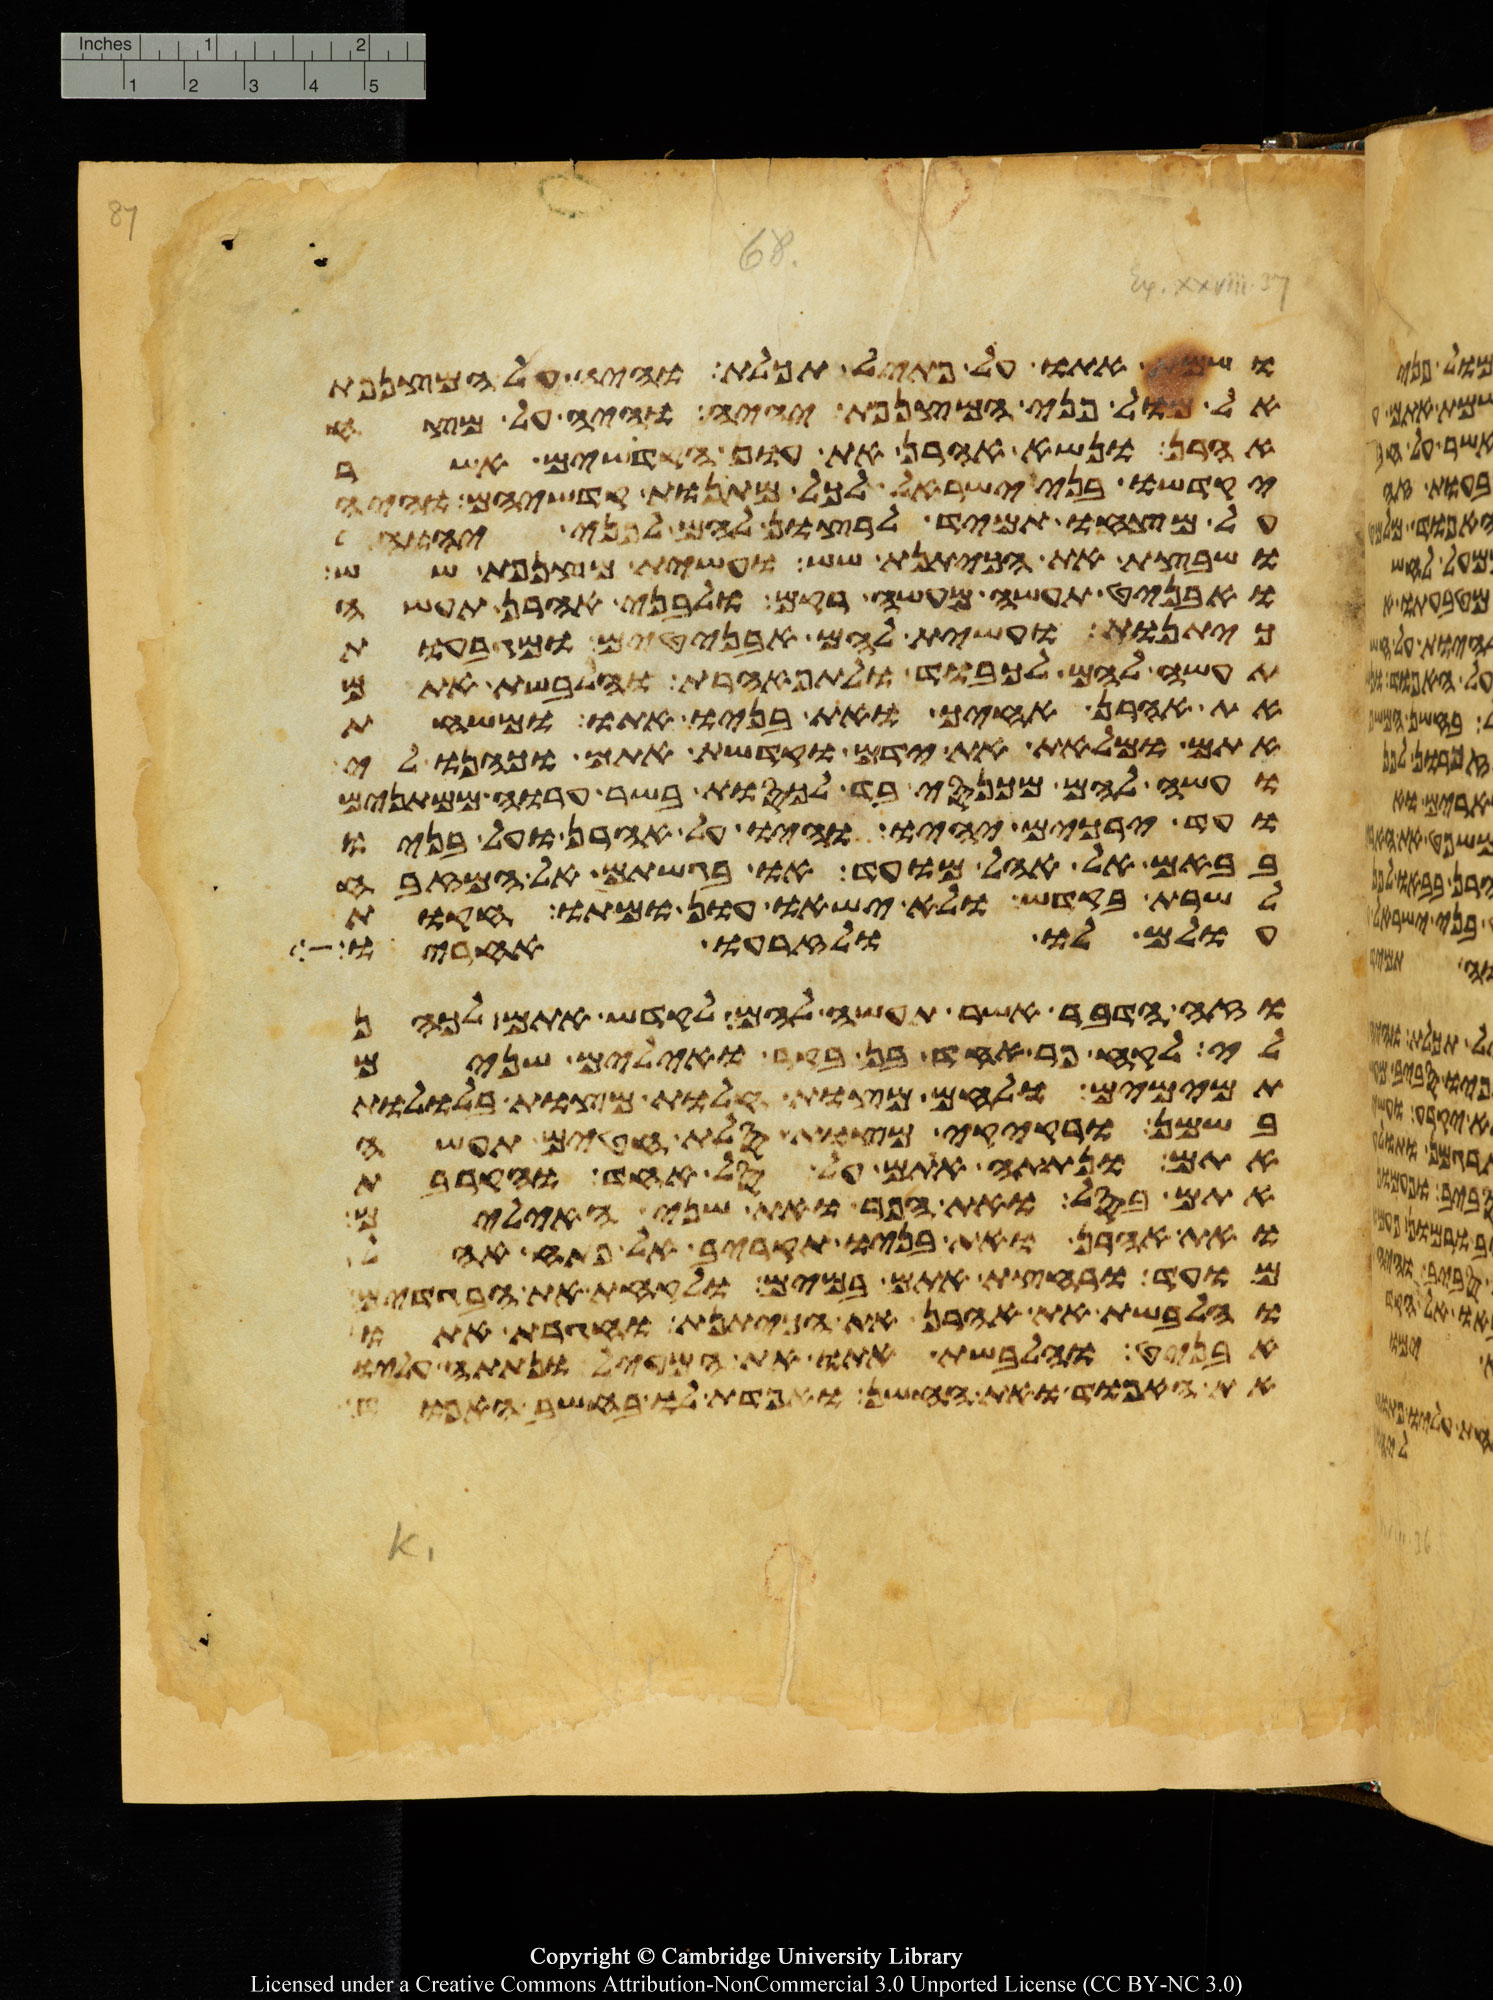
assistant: ושמת אתו על פתיל תכלת והיה על המצנפת
אל מול פני המצנפת יהיה והיה על מצח
אהרן ונשא אהרן את עון הקדשים אשר
יקדישו בני ישראל לכל מתנות קדשיהם והיה
על מצחו תמיד לרצון להם לפני יהוה
ושבצת את הכיתנת שש ועשית מצנפת שש
ואבניט תעשה מעשה רקם ולבני אהרן תעשה
כיתנות ועשית להם אבניטים ומגבעות
תעשה להם לכבוד ולתפארת והלבשת אתם
את אהרן אחיך ואת בניו אתו ומשחת
אתם ומלאת את ידם וקדשת אתם וכהנו לי
ועשה להם מכנסי בד לכסות בשר ערוה ממתנים
ועד ירכים יהיו והיו על אהרן ועל בניו
בבאם אל אהל מועד או בגשתם אל המזבח
לשרת בקדש ולא ישאו עון ומתו חקות
עולם לו ולזרעו אחריו
וזה הדבר אשר תעשה להם לקדש אתם לכהן
לי לקח פר אחד בן בקר ואילים שנים
תמימם ולחם מצות וחלות מצות בללות
בשמן ורקיקי מצות סלת חטים תעשה
אתם ונתתה אתם על סל אחד והקרבת
אתם בסל ואת הפר ואת שני האילים
ואת אהרן ואת בניו תקריב אל פתח אהל
מועד ורחצת אתם במים ולקחת את הבגדים
והלבשת את אהרן את הכיתנת וחגרת אתו
אבניט והלבשת אתו את המעיל ונתתה עליו
את האפוד ואת החשן ואפדת לו בחשב האפוד